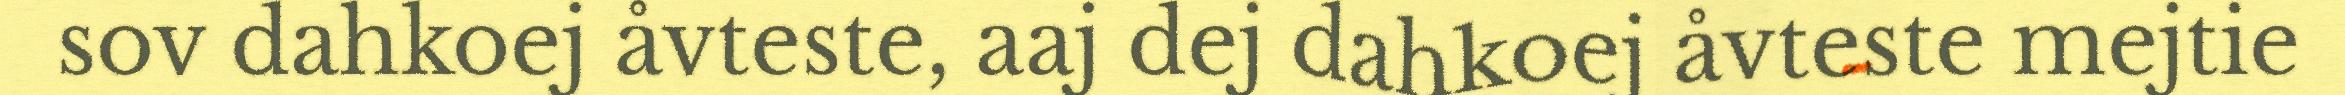
sov dahkoej åvteste, aaj dej dahkoej åvteste mejtie